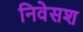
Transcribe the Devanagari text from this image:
निवेसश